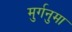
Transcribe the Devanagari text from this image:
मुर्गनुमा